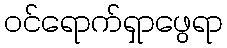
ဝင်ရောက်ရှာဖွေရာ